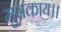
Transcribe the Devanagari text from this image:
मुसकाय।।